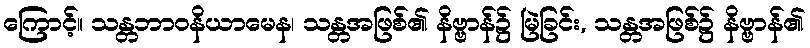
ကြောင့်။ သန္တဘာဝနိယာမေန၊ သန္တအဖြစ်၏ နိဗ္ဗာန်၌ မြဲခြင်း, သန္တအဖြစ်၌ နိဗ္ဗာန်၏